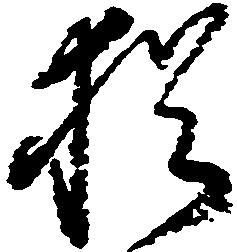
猶